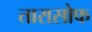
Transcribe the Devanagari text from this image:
तारासोफ